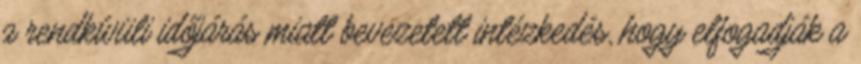
a rendkívüli időjárás miatt bevezetett intézkedés, hogy elfogadják a